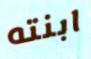
ابنته